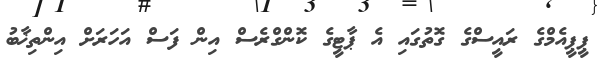
ޕީޕީއެމްގެ ރައީސްގެ ގޮތުގައި އެ ޕާޓީގެ ކޮންގްރެސް އިން ފަސް އަހަރަށް އިންތިޚާބު